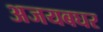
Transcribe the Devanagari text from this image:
अजयबघर